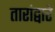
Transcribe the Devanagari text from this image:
तारांद्वारे